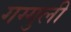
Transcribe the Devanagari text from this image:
गग्गुली